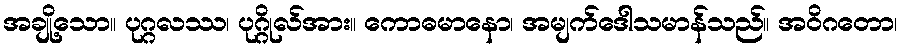
အချို့သော။ ပုဂ္ဂလဿ၊ ပုဂ္ဂိုလ်အား။ ကောဓမာနော၊ အမျက်ဒေါသမာန်သည်။ အဝိဂတော၊